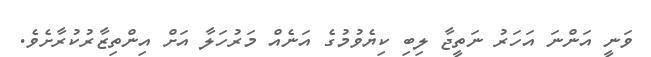
ވަނީ އަންނަ އަހަރު ނަތީޖާ ލިބި ކިޔެވުމުގެ އަނެއް މަރުހަލާ އަށް އިންތިޒާރުކުރާށެވެ.